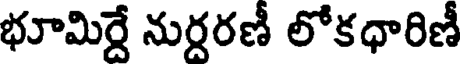
భూమిర్దే నుర్దరణీ లోకధారిణీ